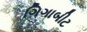
ગિગાબીટ